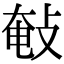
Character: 㪑